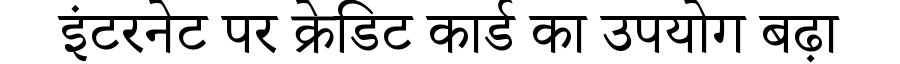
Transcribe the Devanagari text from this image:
इंटरनेट पर क्रेडिट कार्ड का उपयोग बढ़ा